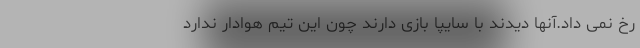
رخ نمی داد.آنها دیدند با سایپا بازی دارند چون این تیم هوادار ندارد